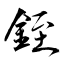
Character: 銍